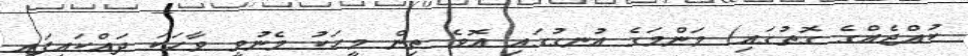
ކުއްޖެއްގެ ގޮތުގައި) މަންމަގެ އުނގުގައި އޮވެ ތިން މީހަކު މެނުވީ ވާހަކަ ދައްކައިފައި